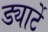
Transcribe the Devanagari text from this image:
ड्यार्टे